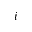
i